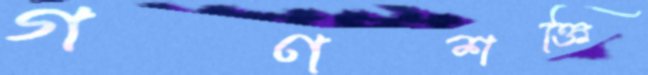
গণশক্তি